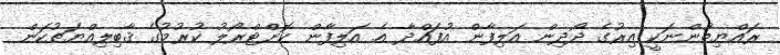
ރައްޔިތުންނަކީ އިރުގެ ދޯދިން އަލިފާން އުފައްދާ އެ އަލިފާން ކޮންޓްރޯލު ކުރުމުގެ ޤާބިލިއްޔަތުކަން